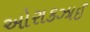
ઓરાકઝાઈ